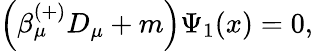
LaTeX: \left(\beta_{\mu}^{(+)}D_{\mu}+m\right)\Psi_{1}(x)=0,